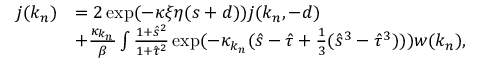
\begin{array} { r l } { j ( k _ { n } ) } & { = 2 \exp ( - \kappa \xi \eta ( s + d ) ) j ( k _ { n } , - d ) } \\ & { + \frac { \kappa _ { k _ { n } } } { \beta } \int \frac { 1 + \hat { s } ^ { 2 } } { 1 + \hat { \tau } ^ { 2 } } \exp ( - \kappa _ { k _ { n } } ( \hat { s } - \hat { \tau } + \frac 1 3 ( \hat { s } ^ { 3 } - \hat { \tau } ^ { 3 } ) ) ) w ( k _ { n } ) , } \end{array}